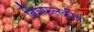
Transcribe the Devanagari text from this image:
विशफलकीय